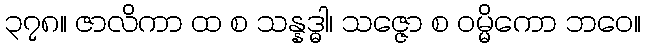
၃၇၈။ ဇာလိကာ ထ စ သန္နဒ္ဓါ၊ သဇ္ဇော စ ဝမ္မိကော ဘဝေ။